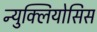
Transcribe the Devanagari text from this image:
न्युक्लियोसिस